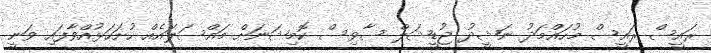
ރައީސް ރައީސް މުހައްމަދު ނަޝީދު ޖުޑީޝަލް ސާވިސް ކޮމިޝަނަށް މައްސަލައެއް ހުށަހަޅުއްވާފައި ވަނީ